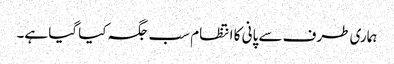
ہماری طرف سے پانی کا انتظام سب جگہ کیا گیا ہے۔